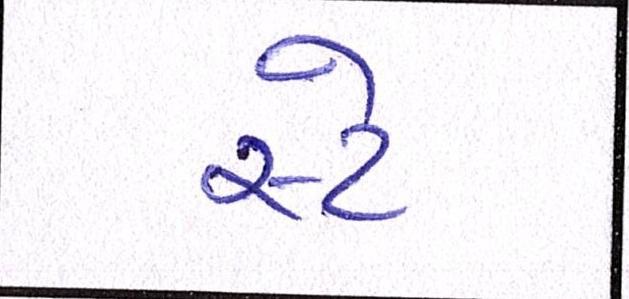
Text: સ્ટે